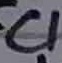
Text: C1